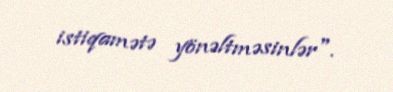
istiqamətə yönəltməsinlər".